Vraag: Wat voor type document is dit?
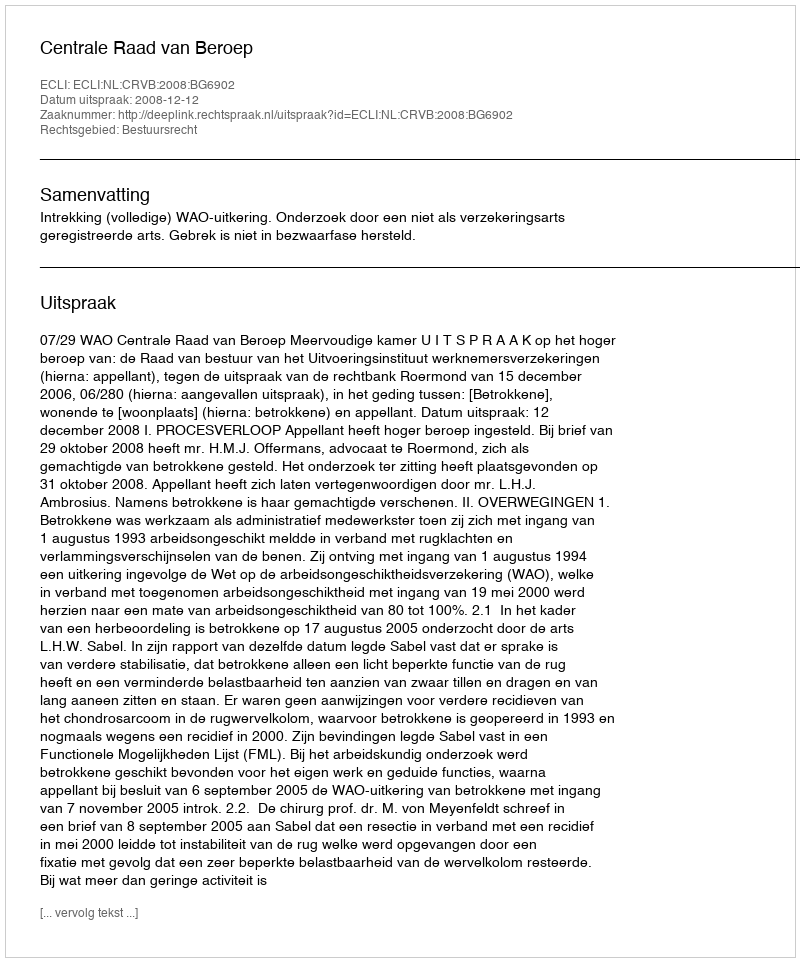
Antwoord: Uitspraak